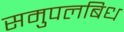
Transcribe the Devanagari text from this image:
समुपलबिध